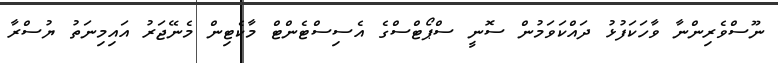
ނޫސްވެރިންނާ ވާހަކަފުޅު ދައްކަވަމުން ސޮނީ ސްޕޯޓްސްގެ އެސިސްޓެންޓް މާކެޓިން މެނޭޖަރު އައިމިނަތު ޔުސްރާ